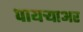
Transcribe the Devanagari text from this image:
पायर्‍याअर